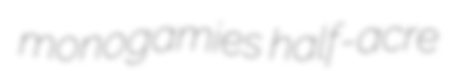
monogamies half-acre